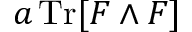
a \operatorname { T r } [ F \wedge F ]